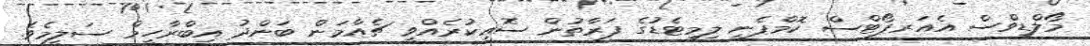
މޯލްޑިވްސް އެއަރޕޯޓްސް ކޮމްޕެނީ ލިމިޓެޑުގެ ފަރާތުން ސޮއިކުރެއްވީ ޗެއާމަން ބަންދު އިބްރާހީމް ސަލީމެވެ.